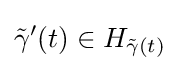
{\tilde {\gamma }}'(t)\in H_{{\tilde {\gamma }}(t)}